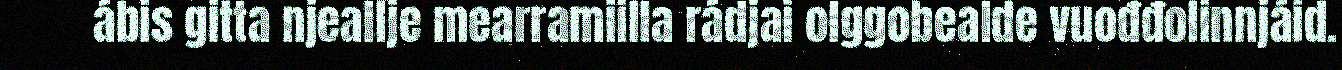
ábis gitta njeallje mearramiilla rádjai olggobealde vuođđolinnjáid.